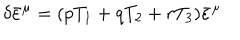
LaTeX: \delta { \bar { \varepsilon } } ^ { \mu } = ( p T _ { 1 } + q T _ { 2 } + r T _ { 3 } ) { \bar { \varepsilon } } ^ { \mu }